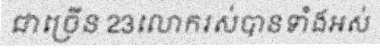
ជាច្រើន 23លោករស់បានទាំងអស់